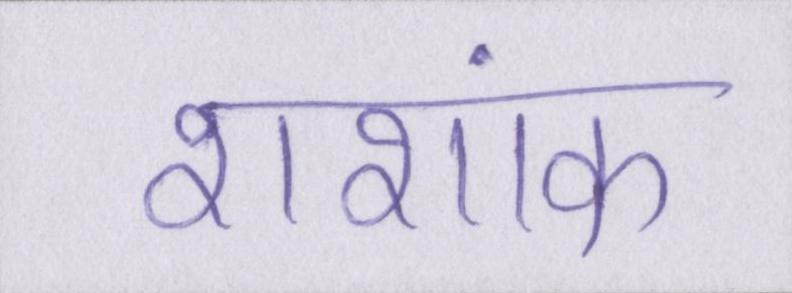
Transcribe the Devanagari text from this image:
शशांक